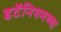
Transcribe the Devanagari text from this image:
इटॅनियमच्या